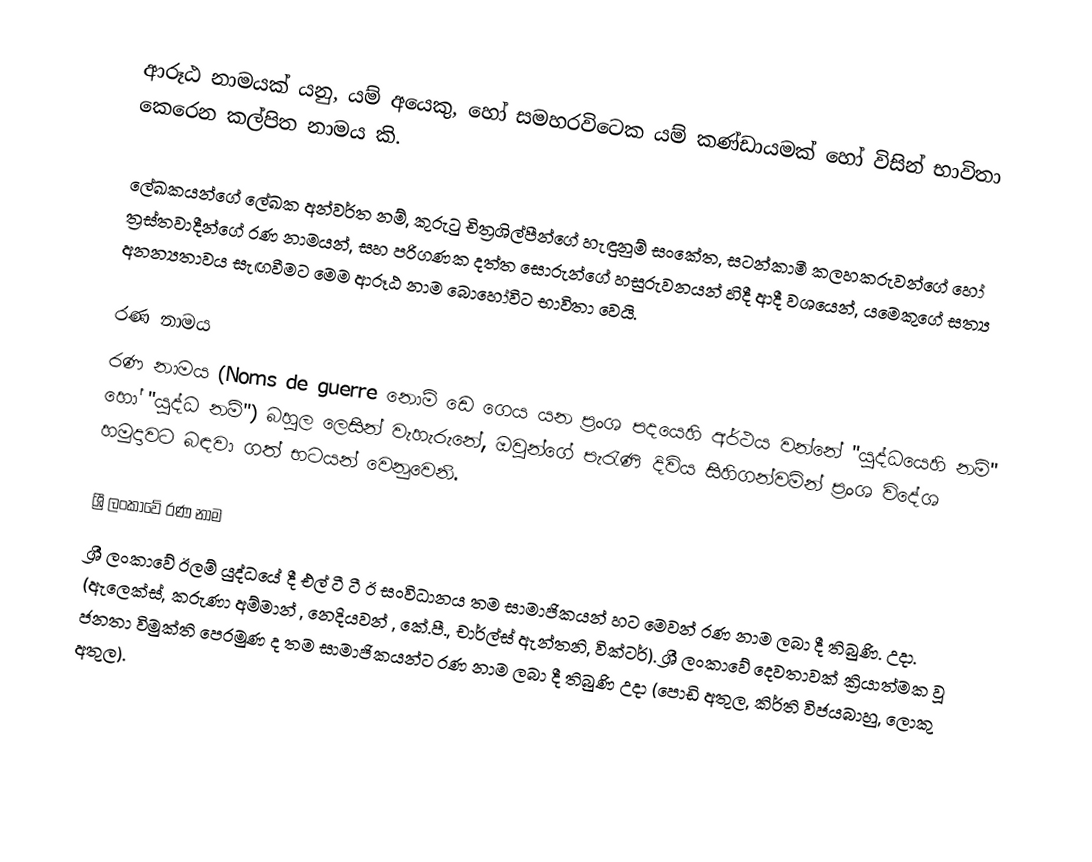
ආරූඨ නාමයක් යනු, යම් අයෙකු, හෝ සමහරවිටෙක යම් කණ්ඩායමක් හෝ විසින් භාවිතා කෙරෙන  කල්පිත නාමය කි.

ලේඛකයන්ගේ  ලේඛක අන්වර්ත නම්, කුරුටු චිත්‍රශිල්පීන්ගේ හැඳුනුම් සංකේත, සටන්කාමී කලහකරුවන්ගේ හෝ ත්‍රස්තවාදීන්ගේ  රණ නාමයන්, සහ පරිගණක දත්ත සොරුන්ගේ හසුරුවනයන් හිදී ආදී වශයෙන්, යමෙකුගේ සත්‍ය අනන්‍යතාවය සැඟවීමට මෙම ආරූඨ නාම බොහෝවිට භාවිතා වෙයි.

රණ නාමය
රණ නාමය (Noms de guerre  නොම් ඩෙ ගෙය යන ප්‍රංශ පදයෙහි අර්ථය වන්නේ "යුද්ධයෙහි නම්" හෝ "යුද්ධ නම්") බහුල ලෙසින් වැහැරුනේ, ඔවුන්ගේ පැරැණි දිවිය සිහිගන්වමින්  ප්‍රංශ විදේශ හමුදාවට බඳවා ගත් භටයන් වෙනුවෙනි.

ශ්‍රී ලංකාවේ රණ නාම
ශ්‍රී ලංකාවේ ඊලම් යුද්ධයේ දී එල් ටී ටී ඊ සංවිධානය තම සාමාජිකයන් හට මෙවන් රණ නාම ලබා දී තිබුණි. උදා. (ඇලෙක්ස්, කරුණා අම්මාන් , නෙදියවන් , කේ.පී., චාර්ල්ස් ඇන්තනි, වික්ටර්). ශ්‍රී ලංකාවේ දෙවතාවක් ක්‍රියාත්මක වූ ජනතා විමුක්ති පෙරමුණ ද තම සාමාජිකයන්ට රණ නාම ලබා දී තිබුණි උදා (පොඩි අතුල, කිර්ති විජයබාහු, ලොකු අතුල).